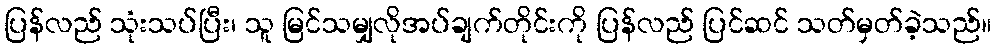
ပြန်လည် သုံးသပ်ပြီး၊ သူ မြင်သမျှလိုအပ်ချက်တိုင်းကို ပြန်လည် ပြင်ဆင် သတ်မှတ်ခဲ့သည်။